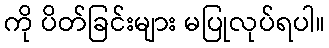
ကို ပိတ်ခြင်းများ မပြုလုပ်ရပါ။